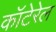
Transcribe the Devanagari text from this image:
कॉटेरेल